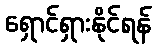
ရှောင်ရှားနိုင်ရန်